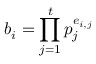
b _ { i } = \prod _ { j = 1 } ^ { t } p _ { j } ^ { e _ { i , j } }